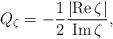
LaTeX: \begin{align*}Q_{\zeta}=-\frac{1}{2}\frac{\left\vert \operatorname{Re}\zeta\right\vert}{\operatorname{Im}\zeta}, \end{align*}